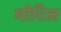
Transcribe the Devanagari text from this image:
मोरिज